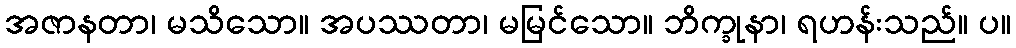
အဇာနတာ၊ မသိသော။ အပဿတာ၊ မမြင်သော။ ဘိက္ခုနာ၊ ရဟန်းသည်။ ပ။